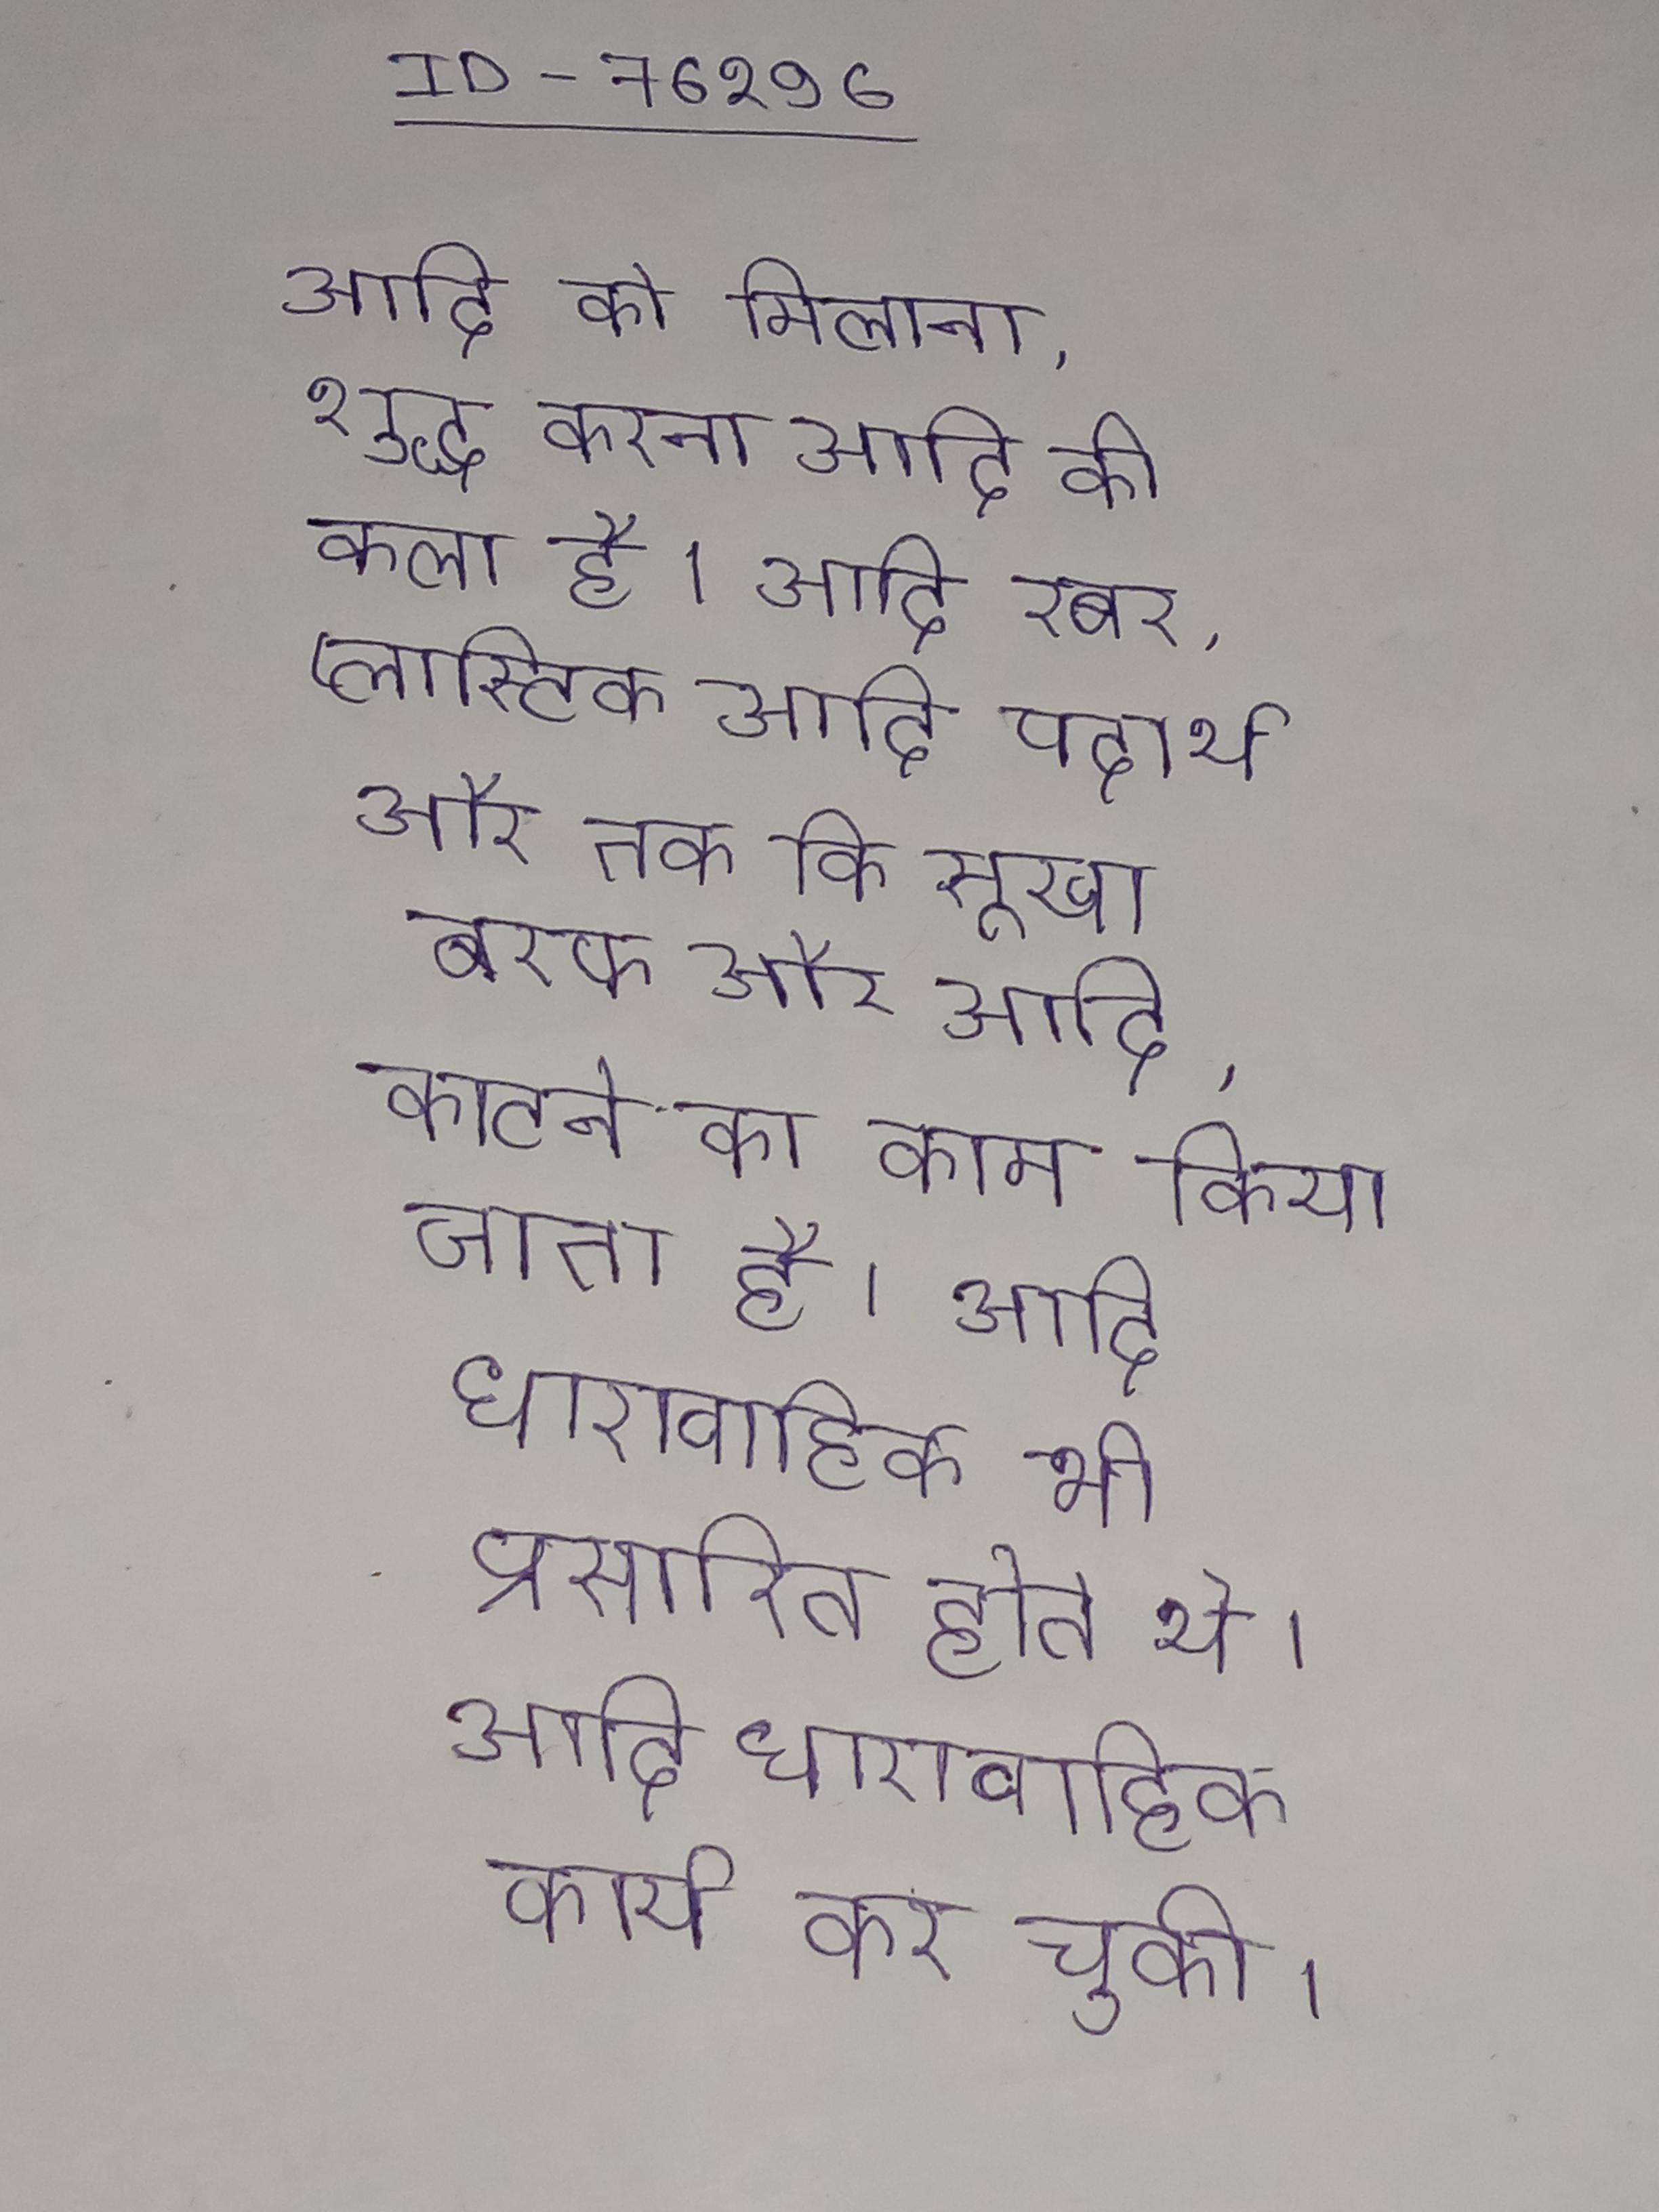
आदि को मिलाना, शुद्ध करना आदि की कला है । आदि रबर, प्लास्टिक आदि पदार्थ और तक कि सूखा बरफ और आदि, काटने का काम किया जाता है । आदि धारावाहिक भी प्रसारित होते थे । आदि धारावाहिक कार्य कर चुकी ।